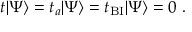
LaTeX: t | \Psi \rangle = t _ { a } | \Psi \rangle = t _ { \mathrm { B I } } | \Psi \rangle = 0 \ .